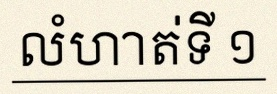
លំហាត់ទី ១